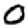
Digit: 0